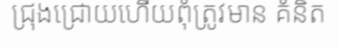
ជ្រុងជ្រោយហើយពុំត្រូវមាន គំនិត